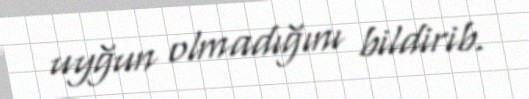
uyğun olmadığını bildirib.